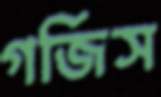
গর্জিস